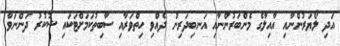
އަދި ލޯޔަރުންނާއި އާއިލާގެ މެންބަރުންނާއި އަނބިދަރިން ދެއްވި ހިތްވަރާއި ސާބިތުކަމަށްޓަކައި ޝުކުރު ދަންނަވާ